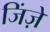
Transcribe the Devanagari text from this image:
जिंज़ें